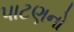
પાટણનો